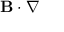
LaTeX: \mathbf { B } \cdot \nabla